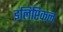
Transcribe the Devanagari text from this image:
इलिप्टिकल